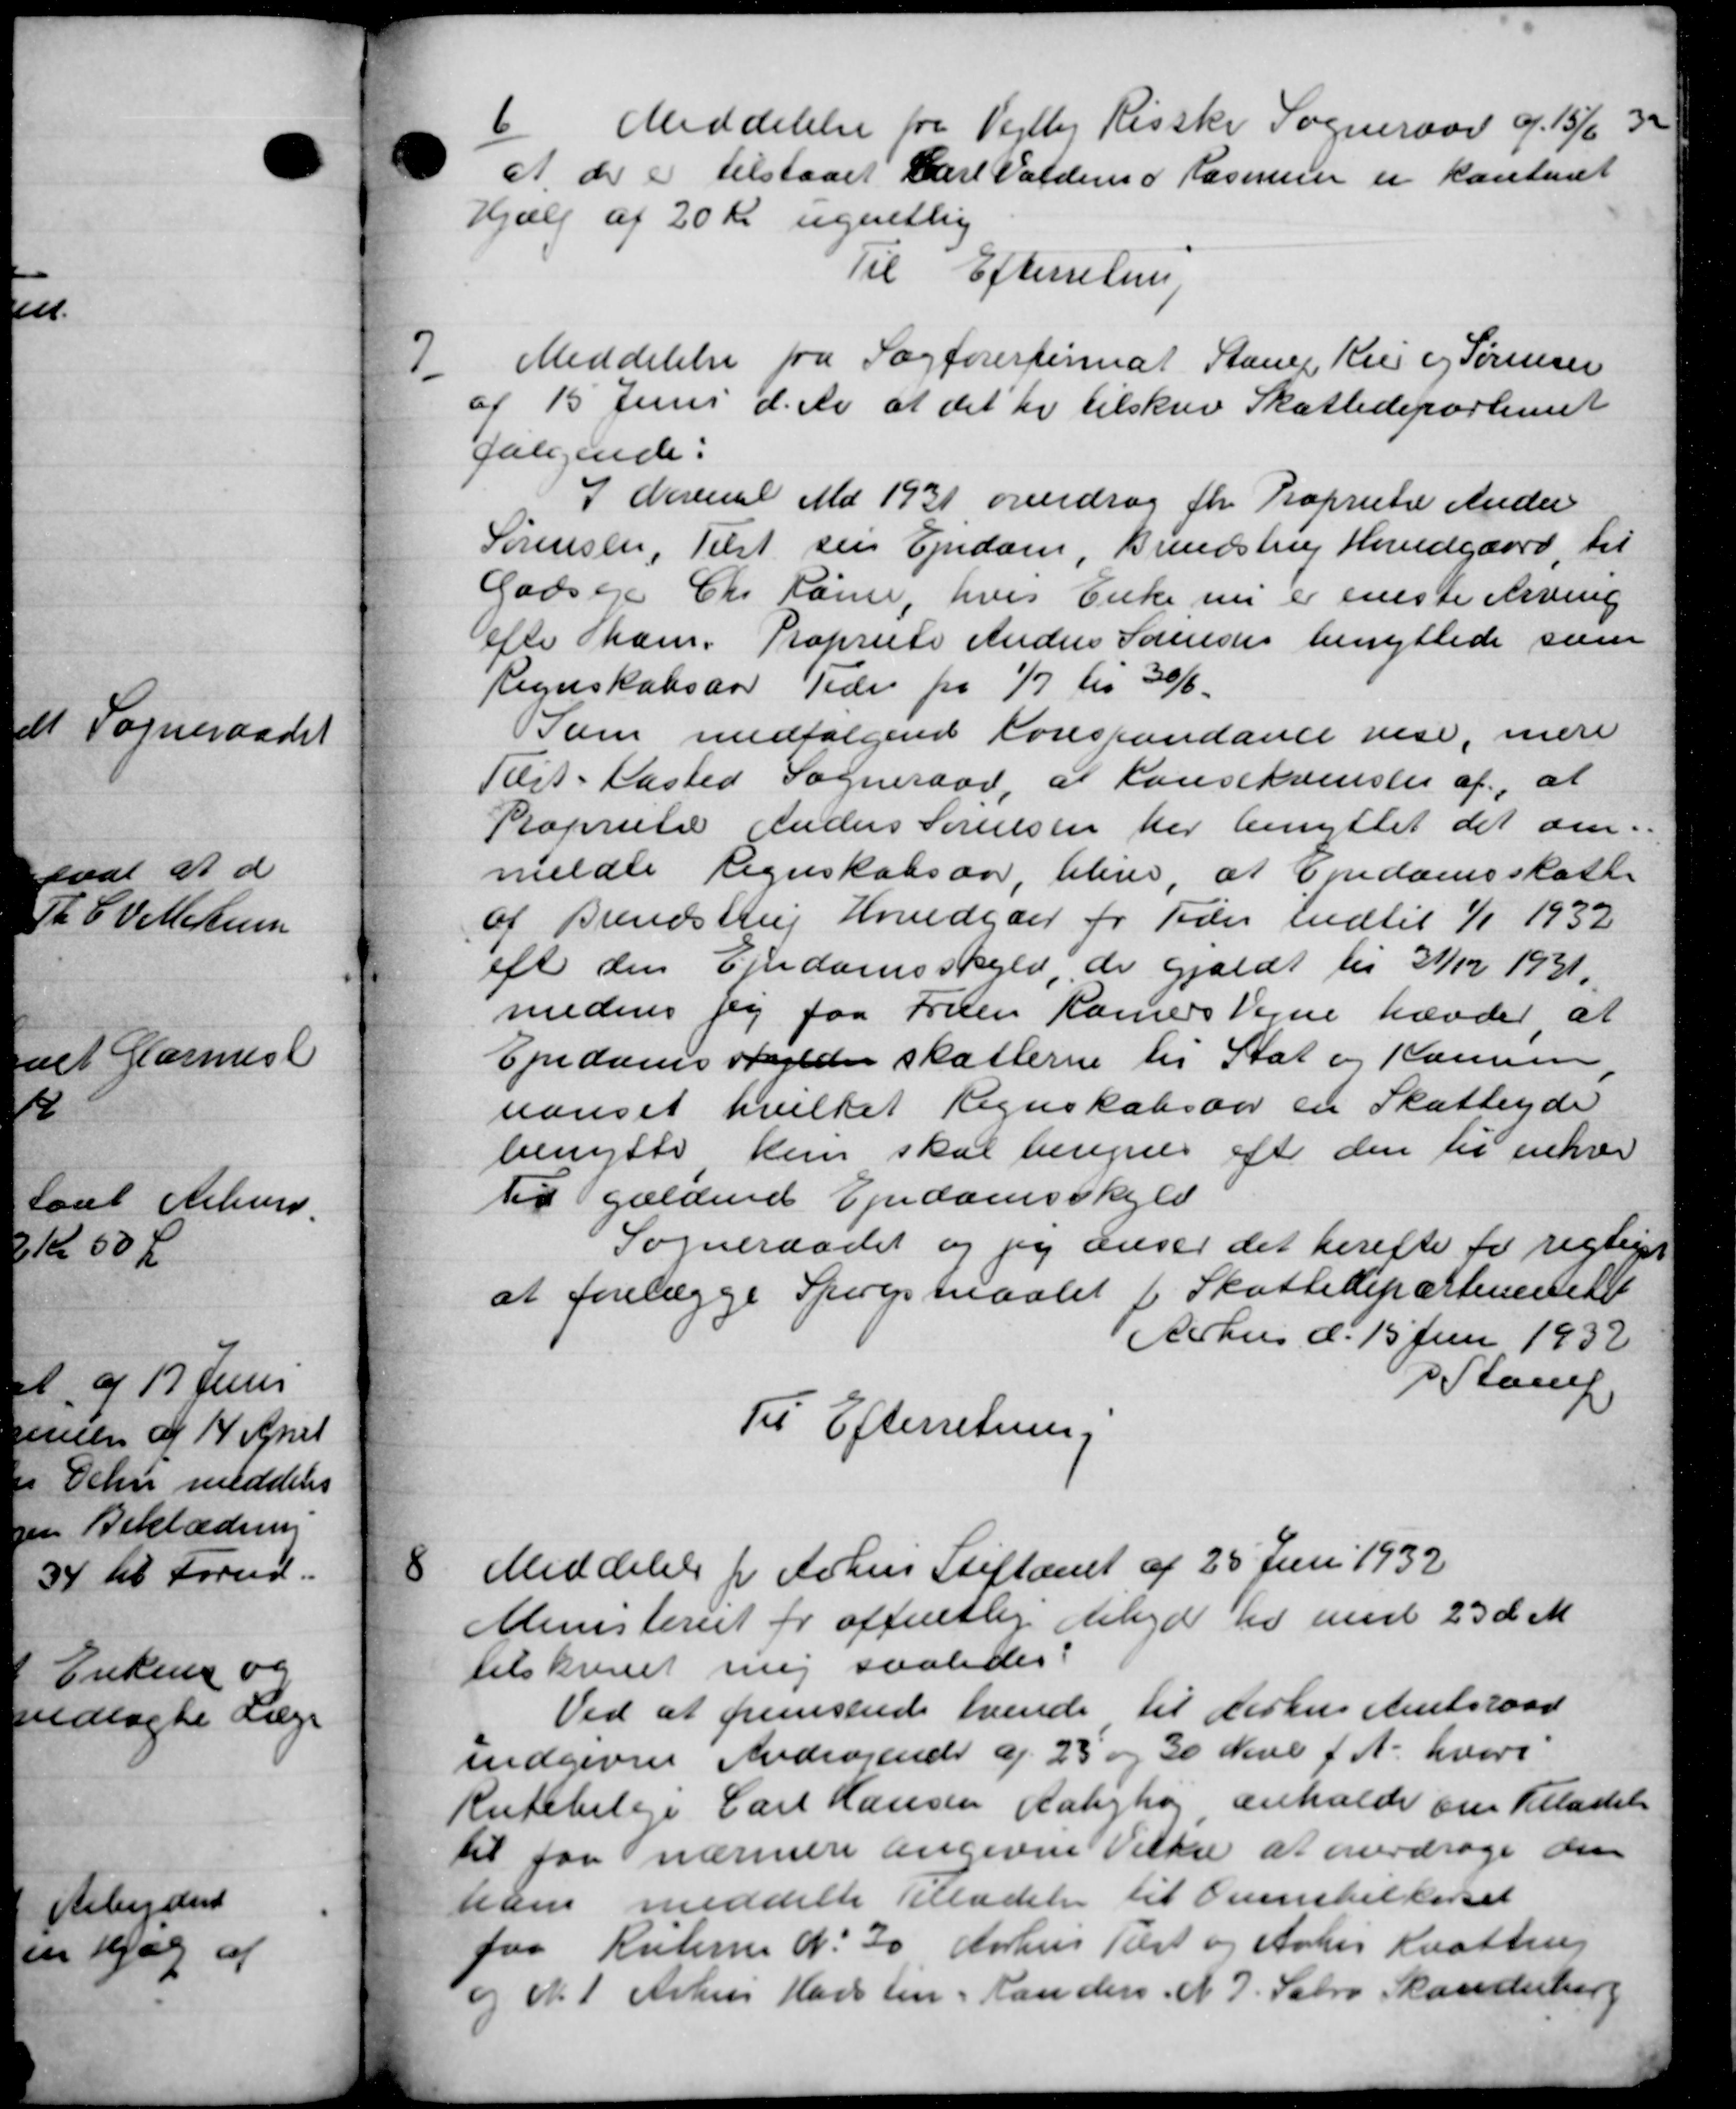
Transskription:
6
Meddelelse fra Vejlby Risske Sogneraad af 15/6 30
at der er tilstaaet Carl Valdema Rasmussen er kontoret
Hjælp af 20 Kr ugentlig
Til Efterretning
7
Meddelelse fra Sagførerferat Stang Kis og Sørensen
af 15 Juni d. A. at det er tilskrev Skattedepartemet
følgende:
7 Novemb Md 1931 overdrog for Propriets Ander
Sørensen, Tilst sin Ejendom, Brendstrup Hundgaard, til
Godsejer Chr. Rønne, hvis Enke nu er eneste Arving
Efter ham. Propriets Anders Sørensen benyttede som
Regnskabsaar Tider fra 1/7 til 30/6.
Som medfølgende Forespondance vise, mere
Tilst-Kasted Sogneraad, at Konsekomsen af, at
Raprietær Anders Sørensen her benyttet det om-
meldte Regnskabsaar bleve, at Ejendomsskatte
af Brendstrup Hovedgder for Tider indtil 1/1 1932
eft den Ejendomsskyld de gjældt til 31/12 1931.
medens jeg faa Fruen Kanners Vejne hævder at
Ejendomsskylder skatterne til Stat og Kannen,
uanset hvilket Regnskabsaar en Skatteyde
benytte kun skal beregnes eft den til enhver
til gældende Ejendomsskyld
Sogneraadet og jeg anser det herefter for rigtiget
at forelægge Spørgsmaalet i Skattedepartement
Århus d. 15 Juni 1932
Stamp
Til Efterretning
8
Meddelelse fra Århus Stiftamt af 25 Juni 1932
Ministeriet for offentlig Arbejde her med 23 d. M
tilskrevet mig saaledes:
Ved at fremsende hende til Aarhus Amtsraad
indgivne Andragende af 23 og 30 Jul f. A. hvori
Rutebileje Carl Hansen Aabyhøj anholde om Tilladelse
til faa nærmere angivne Vilke at overdrage den
han meddelte Tilladelse til Ovenskillerset
paa Ruterne d. 20 Aarhus Tilst og Aarhus Kaastrup
og N. 1 Århus Harsten - Han den. N. 7. Sabro Skanderborg